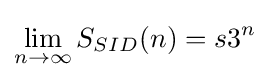
\lim _{n\to \infty }S_{SID}(n)=s3^{n}